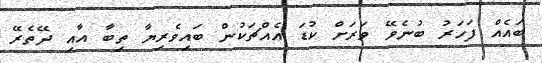
ބައެއް ފަހަރު ބުނެވޭ ވަރަށް ކުޑަ އެއްޗަކުން ބައިވެރިޔާ ތިބާ އާއި ދޭތެރޭ